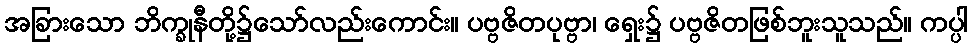
အခြားသော ဘိက္ခုနီတို့၌သော်လည်းကောင်း။ ပဗ္ဗဇိတပုဗ္ဗာ၊ ရှေး၌ ပဗ္ဗဇိတဖြစ်ဘူးသူသည်။ ကပ္ပါ